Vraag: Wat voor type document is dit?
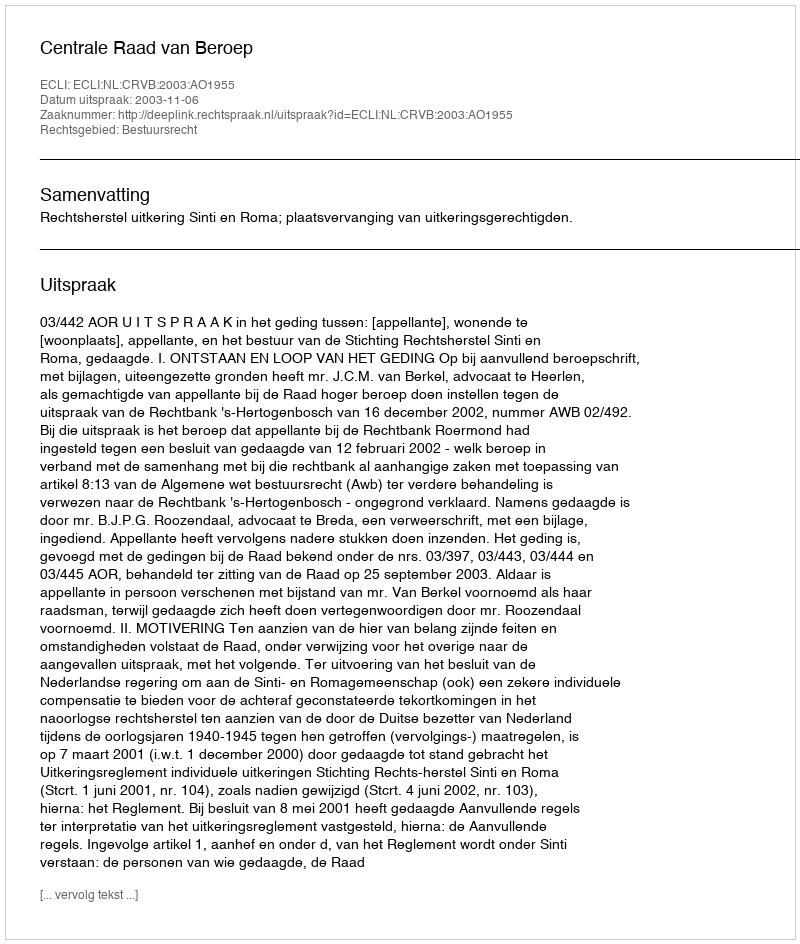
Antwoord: Uitspraak